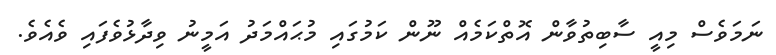
ނަމަވެސް މިއީ ސާބިތުވާން އޮތްކަމެއް ނޫން ކަމުގައި މުޙައްމަދު އަމީނު ވިދާޅުވެފައި ވެއެވެ.